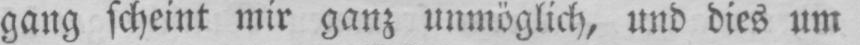
gang scheint mir ganz unmöglich, und dies um